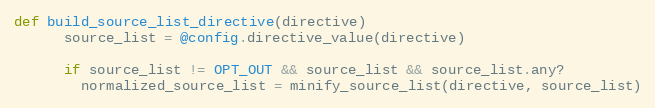
Language: Ruby
def build_source_list_directive(directive)
      source_list = @config.directive_value(directive)

      if source_list != OPT_OUT && source_list && source_list.any?
        normalized_source_list = minify_source_list(directive, source_list)